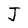
Character: J